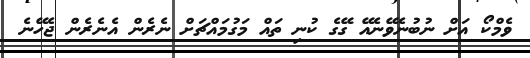
ވެމްކޯ އަށް ނުބުނެވޭނެއޭ ގޭގެ ކުނި ތައް މަގުމައްޗަށް ނެރެން އެނެރެން ޖެހޭނެ